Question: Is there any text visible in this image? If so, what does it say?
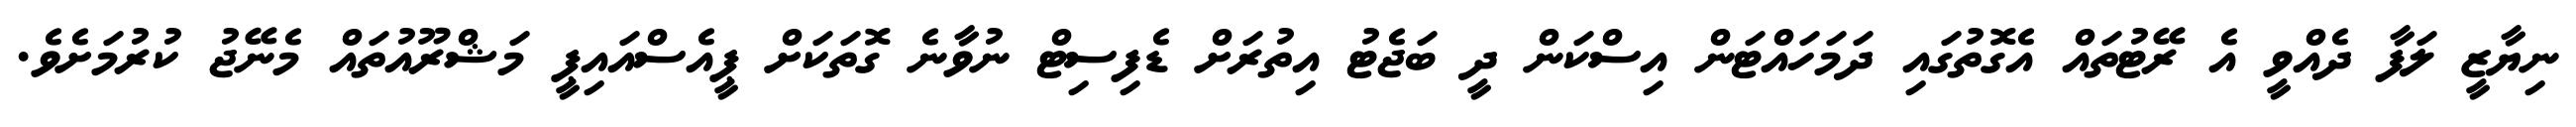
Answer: ނިޔާޒީ ލަފާ ދެއްވީ އެ ރޭޓުތައް އެގޮތުގައި ދަމަހައްޓަން އިސްކަން ދީ ބަޖެޓު އިތުރަށް ޑެފިސިޓް ނުވާނެ ގޮތަކަށް ޕީއެސްއައިޕީ މަޝްރޫއުތައް މެނޭޖު ކުރުމަށެވެ.